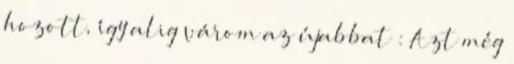
hozott, így alig várom az újabbat : Azt még